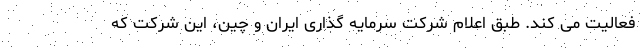
فعالیت می کند. طبق اعلام شرکت سرمایه گذاری ایران و چین، این شرکت که